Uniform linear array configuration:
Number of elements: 4
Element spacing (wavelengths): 0.25
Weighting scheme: cosine
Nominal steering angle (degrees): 45
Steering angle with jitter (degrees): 46.611
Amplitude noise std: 0.05
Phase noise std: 0.05

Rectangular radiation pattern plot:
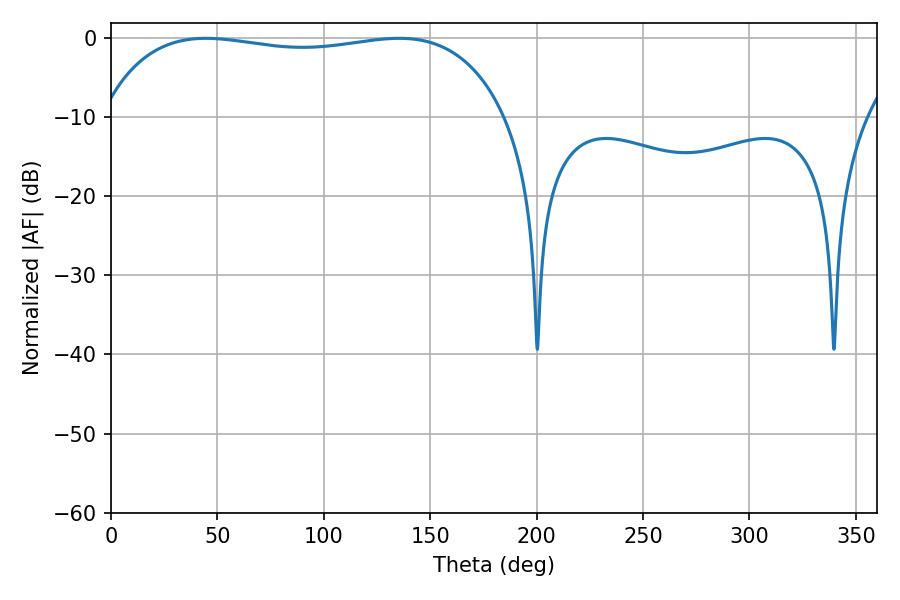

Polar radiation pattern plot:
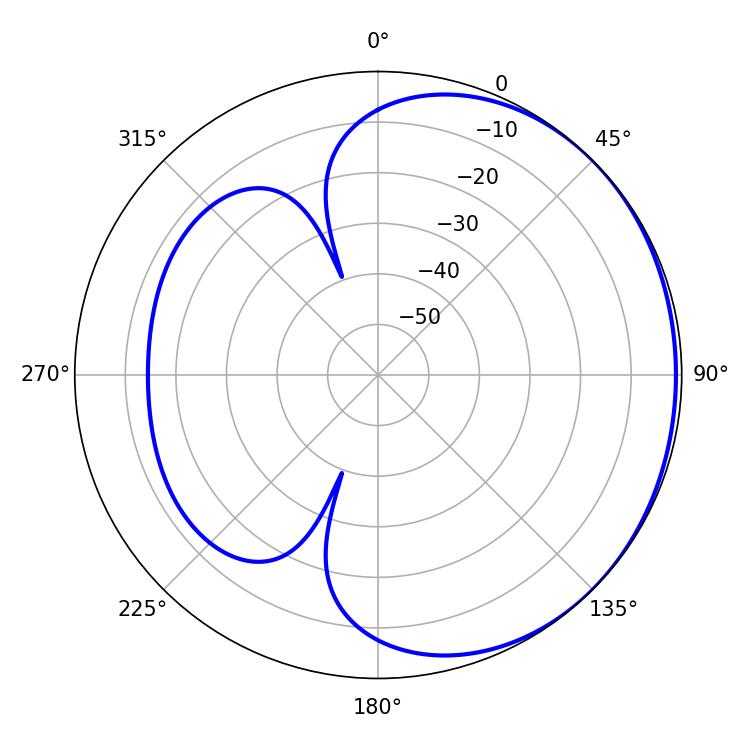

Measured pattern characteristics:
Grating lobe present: FALSE
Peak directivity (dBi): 0.8836
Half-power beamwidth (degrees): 153
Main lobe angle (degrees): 44.64